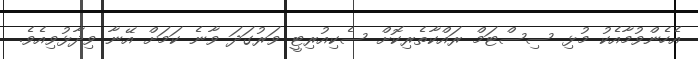
އެހެންވުމާއެކު މުޅި ސިސްޓަމް ރައްކާތެރިކޮށް ސެކިއުރިޓީ ވަރުގަދަ ވާނެ ކަމަށް އޭނާ ވިދާޅުވިއެވެ.